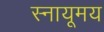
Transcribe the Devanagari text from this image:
स्नायूमय